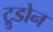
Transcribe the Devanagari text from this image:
ट्रुडोन